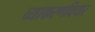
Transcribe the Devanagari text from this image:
व्याकरणविचार